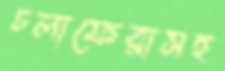
চলাফেরাসহ